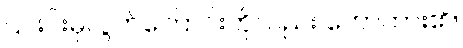
၎င်းင်းမှလွတ်ကြောင်းကိုလည်း ဟောထား၏။